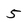
Character: 5